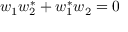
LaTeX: w _ { 1 } w _ { 2 } ^ { * } + w _ { 1 } ^ { * } w _ { 2 } = 0